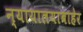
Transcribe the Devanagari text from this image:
न्यायालयाबाहेर